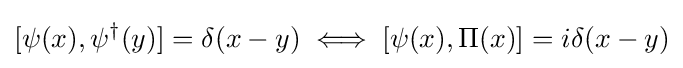
[\psi (x),\psi ^{\dagger }(y)]=\delta (x-y)\iff [\psi (x),\Pi (x)]=i\delta (x-y)